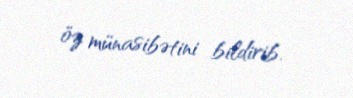
öz münasibətini bildirib.